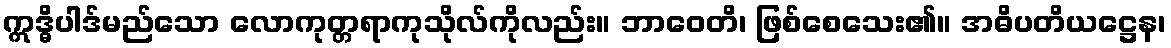
ဣဒ္ဓိပါဒ်မည်သော လောကုတ္တရာကုသိုလ်ကိုလည်း။ ဘာဝေတိ၊ ဖြစ်စေသေး၏။ အဓိပတိယဋ္ဌေန၊